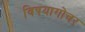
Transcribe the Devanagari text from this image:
विषयागोचर